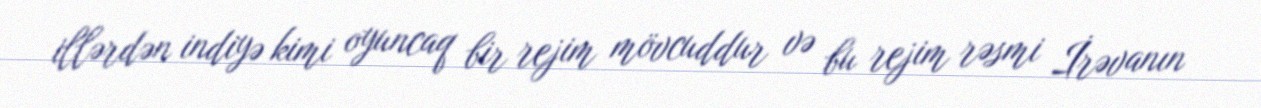
illərdən indiyə kimi oyuncaq bir rejim mövcuddur və bu rejim rəsmi İrəvanın